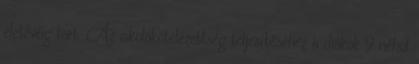
életévéig tart. Az iskolakötelezettség teljesítéséhez a diákok 9 néhol